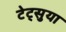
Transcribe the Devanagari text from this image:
टेट्सुया